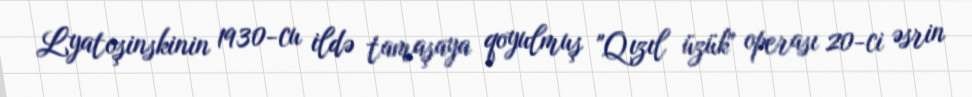
Lyatoşinskinin 1930-cu ildə tamaşaya qoyulmuş "Qızıl üzük" operası 20-ci əsrin